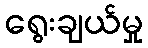
ရွေးချယ်မှု